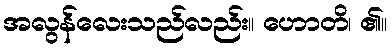
အလွန်လေးသည်လည်း။ ဟောတိ၊ ၏။